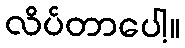
လိပ်တာပေါ့။